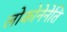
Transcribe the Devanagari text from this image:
लोकोनेनेति